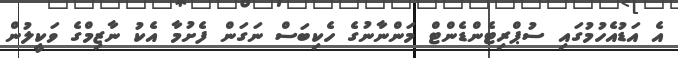
އެ އަޑުއެހުމުގައި ސުޕްރިޓެންޑެންޓް މަންނާނުގެ ހެކިބަސް ނަގަން ފެށުމާ އެކު ނާޒިމްގެ ވަކީލުން